画像に写った文字を読んでください
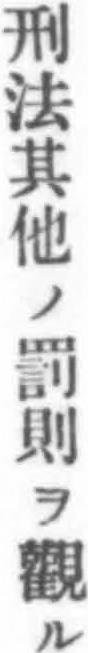
「刑法其他ノ罰則ヲ觀ル」と書いてあります